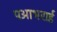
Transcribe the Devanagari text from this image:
पआभराई